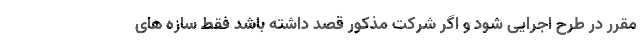
مقرر در طرح اجرایی شود و اگر شرکت مذکور قصد داشته باشد فقط سازه های